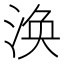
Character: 涣